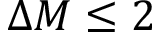
\Delta M \leq 2